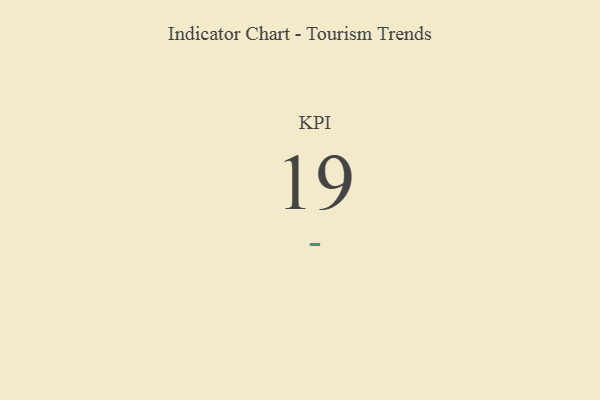
{"axis": {"x": "KPI", "y": "Value"}, "legend": [""], "data": [{"x": "KPI", "y": 19, "type": ""}]}